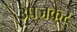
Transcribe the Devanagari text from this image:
उपजकर